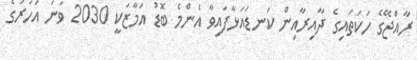
ރާއްޖޭގެ ހަކަތައިގެ ދާއިރާއިން ކަނޑައަޅާފައިވާ އެންމެ ބޮޑު އަމާޒަކީ 2030 ވަނަ އަހަރުގެ